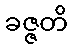
ခဇ္ဇတိ